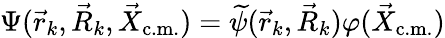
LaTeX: \Psi(\vec{r}_{k},\vec{R}_{k},\vec{X}_{\mathrm{c.m.}})=\widetilde{\psi}(\vec{r}_{k},\vec{R}_{k})\varphi(\vec{X}_{\mathrm{c.m.}})